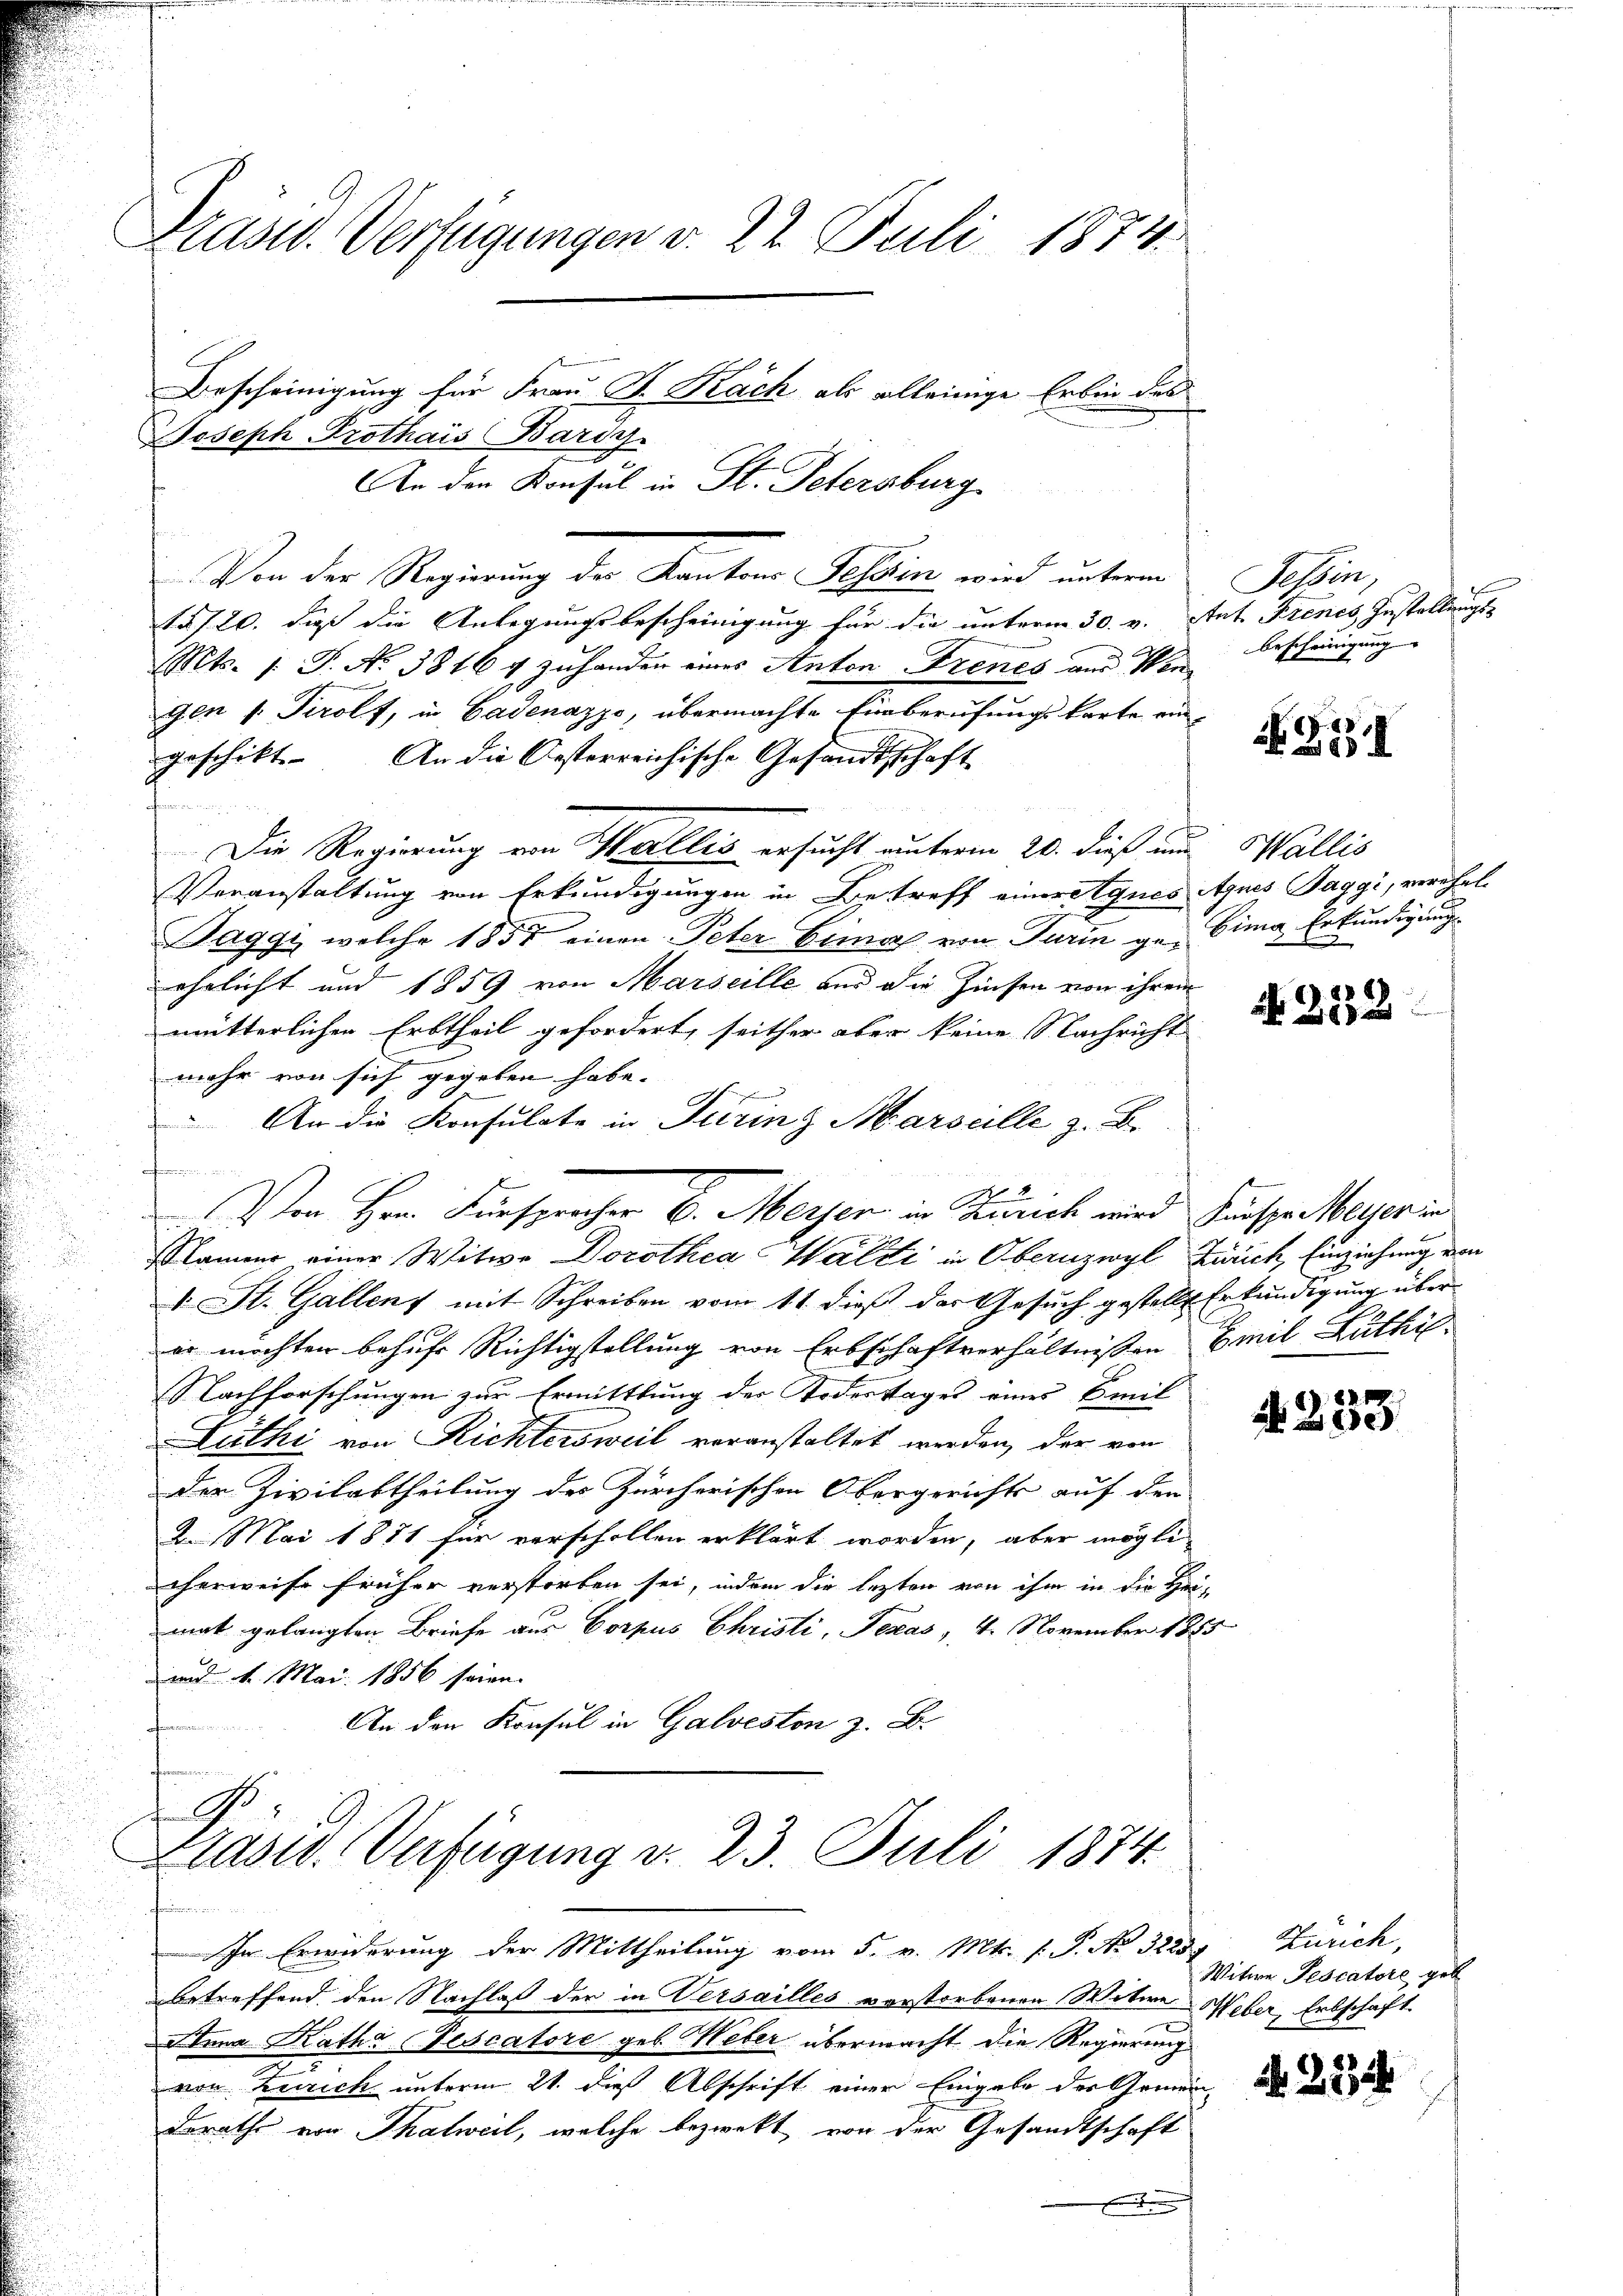
Präsid. Verfügungen v. 22. Juli 1874.

Joseph Prothais Bariy.
n
Von der Regierung der Kantons Tessin wird unterm Tessin,
15/20. daß die Anlegungsbescheinigung für die unterm 30. v. Stat. Frenes Zustellungs-
Mts. 1. P. No 38164 zuhanden eines Anton Frenes und Wen
gen v. Prolf, in Gadenazzo, übermachte Einberufungskarte ein
geschikt. An die Oesterreichische Gesandtschaft
Die Regierung von Wallis ersucht unterm 20. dieß und Wallis
Veranstaltung von Erkundigungen in Betreff eineralques Agnes Jaggi, verehel
u
Taggi, welche 1857 einen Peter Bemal von Turin ge-Eima, Erkundigung
ehelicht und 1859 von Marseille und die Zinsen von ihrem
mütterlichen Erbtheil gefordert, seither aber keine Nachricht
mehr von sich gegeben habe.
An die Konsulate in Turing Marseille z. B.
onfirmission den in
2
Von Herr Fürspracher E. Mersen in Zürich wird Hausse Meyer in
Rammer einer Witwe Dorothea Walti in Obernzwyl Zürich, Einziehung von
I. St. Gallen mit Schreiben vom 11. dieß der Gesuch gestellt Erkundigung über
er möchten behufs Richtigstellung von Erbschaftverhältnißen Emil Luthi
Nachforschungen zur Ermittlung der Todestages eines Emil
Luthi von Richtersweil veranstaltet werden, der von
der Zivilabtheilung des Zürcherischen Obergerichts auf den
2. Mai 1881 für verschollen erklärt worden, aber mögli
cherweise früher verstorben sei, indem die lezten von ihm in die Hei-
mat gelangten Briefe aus Corpus Christi, Texas, 4. November 1885
und 1. Mai. 1856 seien.
An den Konsul in Galveston z. B.

In Erwiderung der Mittheilung vom 5. v. Mts. f. P. No. 3225
betreffend den Nachlaß der in Versailles vorstorbenen Witwe Weber, Erbschaft
Anna Katha Fiscatore geb. Weber übermacht die Regierung
von Kerrich unterm 21. dieß Abschrift einer Eingabe der Gemein-
Dorath von Thalweil, welche bezwekt von der Gesandtschaft

Bescheinigung für Frau St. Nach als alleinige Erbin des
An den Konsul in St. Petersburg

Ge
Prasw. Verfügung v. 23. Juli 1874.
f

bescheinigung

g
Gol

2

N 222.

4233

Zürich,
Witwe Pescatore geb

N 223